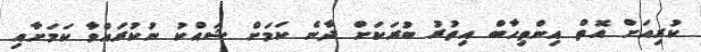
ކުރިއަށް އޮތް އިންތިހާބް އިތުރު ބުރަކަށް ދާނެ ކަމަށް ޝައްކު ނުކުރައްވާ ކަމަށާއި